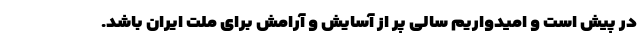
در پیش است و امیدواریم سالی پر از آسایش و آرامش برای ملت ایران باشد.